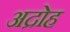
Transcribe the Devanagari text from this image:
अद्रोह